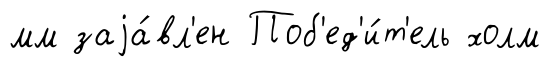
мм заjа́вл'ен Поб'ед'и́т'ель холм